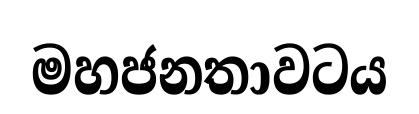
මහජනතාවටය